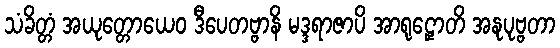
သံခိတ္တံ အယုတ္တောယေဝ ဒီပေတဗ္ဗာနိ မဒ္ဒရာဇာပိ အာရုဠှောတိ အနုပုဗ္ဗတာ